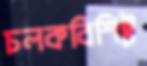
চলকবিশিষ্ট